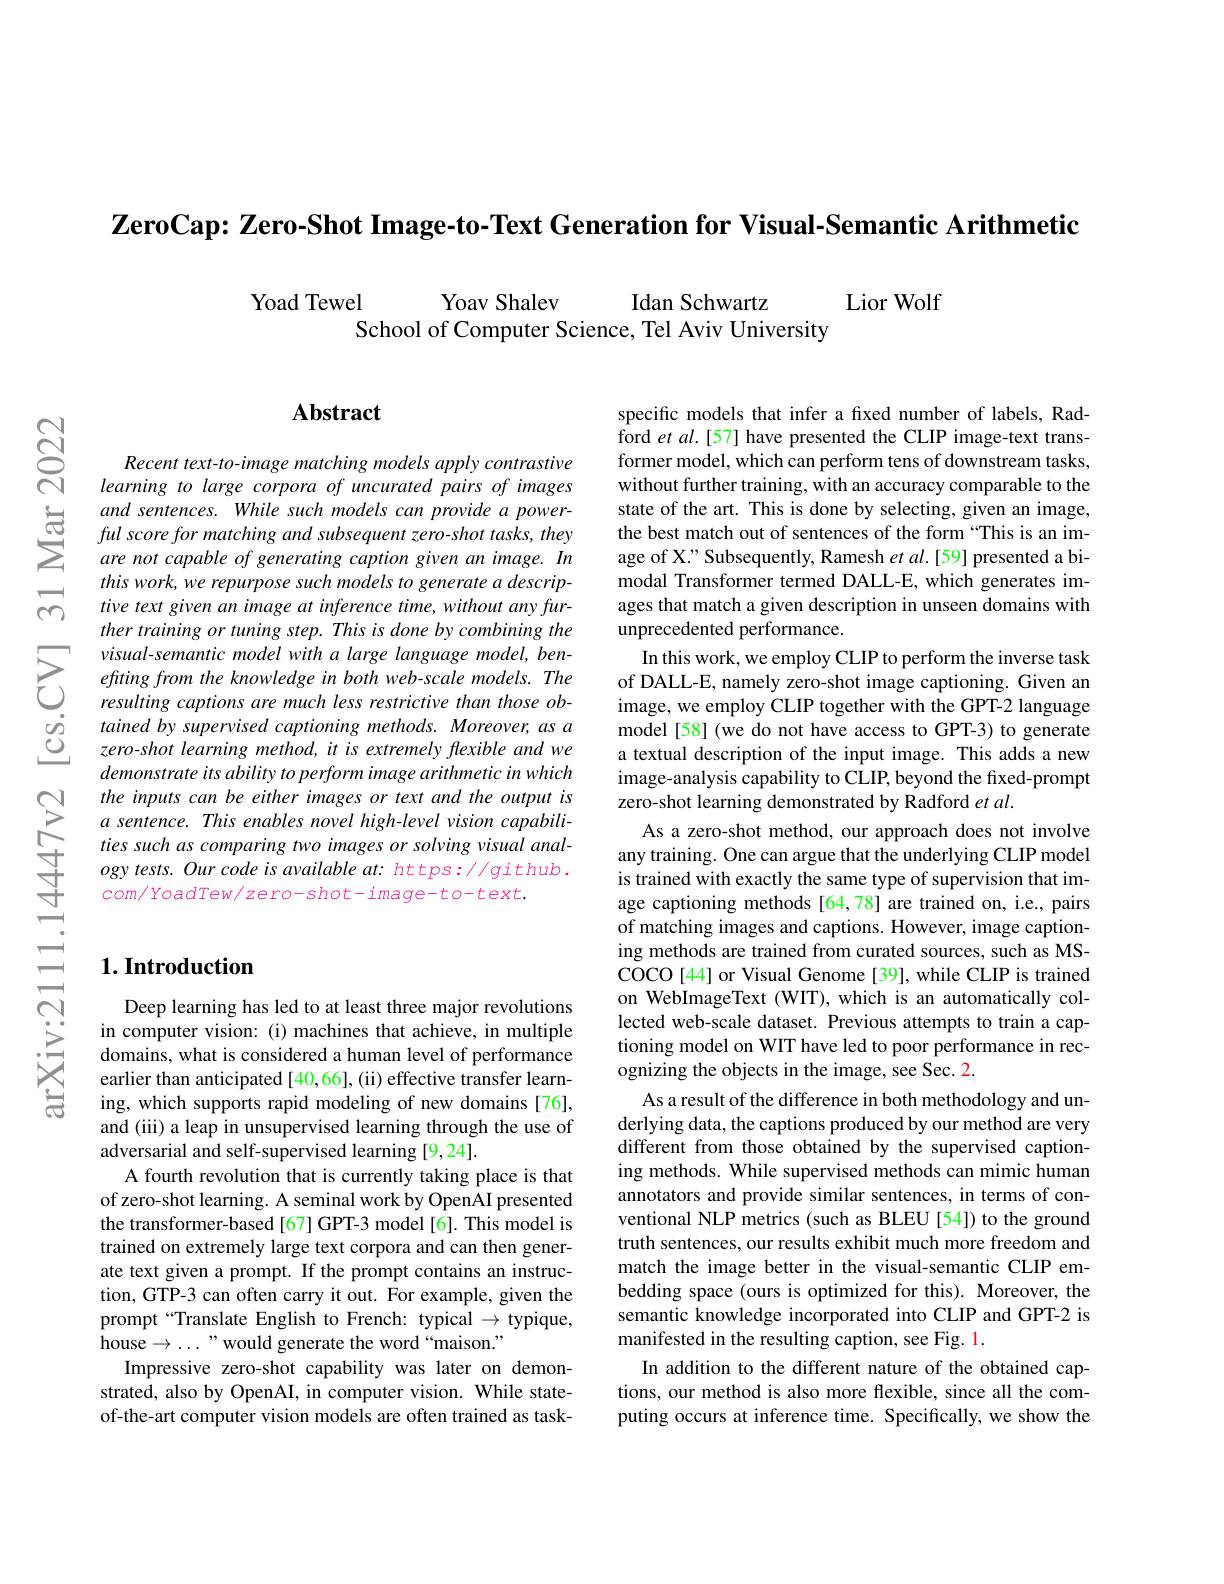
$\textbf{ZeroCap: Zero- Shot Image- to- Text Generation for Visual- Semantic Arithmetic}$

Yoad Tewel
Yoav Shalev
Idan Schwartz
$\operatorname{Lior}$Wolf
School of Computer Science, Tel Aviv University

## Abstract

Recent text-to-image matching models apply contrastive learning to large corpora of uncurated pairs of images and sentences. While such models can provide a powerful score for matching and subsequent zero-shot tasks, they are not capable of generating caption given an image. In this work, we repurpose such models to generate a descriptive text given an image at inference time, without any further training or tuning step. This is done by combining the
$\sum_{\begin{array}{cc}&visual-semantic&modelwitha&large&language&model,&ben-\\&efiting&from&the&knowledge&in&both&web-scale&models.&The\\&resulting&captions&are&much&less&restrictive&than&those&ob-\end{array}}$ $\begin{array}{ccc}\dot{g}&tained\:by\:supervised\:captioning\:methods.\\\dot{C}&zero-shot\:learning\:method,\:it\:is\:extremely\:flexible\:and\:we\end{array}$
demonstrate its ability to perform image arithmetic in which the inputs can be either images or text and the output is a sentence. This enables novel high-level vision capabilities such as comparing two images or solving visual analogy tests. Our code is available at: https://github. $com/YoadTew/zero-shot-image-to-text.$

specific models that infer a fxed number of labels, Rad- $\hat{\text{ford }et}al.[57]$ have presented the CLIP image-text transformer model, which can perform tens of downstream tasks, without further training, with an accuracy comparable to the state of the art. This is done by selecting, given an image, the best match out of sentences of the form “This is an image of X." Subsequently, Ramesh et al.[59] presented a bimodal Transformer termed DALL-E, which generates images that match a given description in unseen domains with unprecedented performance.
In this work, we employ CLIP to perform the inverse task of DALL-E, namely zero-shot image captioning. Given an image, we employ CLIP together with the GPT-2 language model[58] (we do not have access to GPT-3) to generate a textual description of the input image. This adds a new image-analysis capability to CLIP, beyond the fixed-prompt zero-shot learning demonstrated by Radford $et\textit{al}.$
As a zero-shot method, our approach does not involve any training. One can argue that the underlying CLIP model is trained with exactly the same type of supervision that image captioning methods [64,78] are trained on, i.e., pairs of matching images and captions. However, image captioning methods are trained from curated sources, such as MSCOCO[44] or Visual Genome[39], while CLIP is trained on WebImageText (WIT),which is an automatically collected web-scale dataset. Previous attempts to train a captioning model on WIT have led to poor performance in recognizing the objects in the image, see Sec. 2.
As a result of the difference in both methodology and underlying data, the captions produced by our method are very different from those obtained by the supervised captioning methods. While supervised methods can mimic human annotators and provide similar sentences, in terms of conventional NLP metrics (such as BLEU [54]) to the ground truth sentences, our results exhibit much more freedom and match the image better in the visual-semantic CLIP embedding space (ours is optimized for this). Moreover, the semantic knowledge incorporated into CLIP and GPT-2 is manifested in the resulting caption, see Fig. 1.
In addition to the different nature of the obtained captions, our method is also more flexible, since all the computing occurs at inference time. Specifically, we show the

### $1. \textbf{Introduction}$

Deep learning has led to at least three major revolutions in computer vision: (i) machines that achieve, in multiple domains, what is considered a human level of performance earlier than anticipated [40,66],(ii) effective transfer learning, which supports rapid modeling of new domains [76], and (iii) a leap in unsupervised learning through the use of adversarial and self-supervised learning [9,24].
A fourth revolution that is currently taking place is that of zero-shot learning. A seminal work by OpenAI presented the transformer-based[67] GPT-3 model[6]. This model is trained on extremely large text corpora and can then generate text given a prompt. If the prompt contains an instruction, GTP-3 can often carry it out. For example, given the prompt“Translate English to French: typical $\to$typique, house$\to\ldots$" would generate the word “maison.”
Impressive zero-shot capability was later on demonstrated, also by OpenAI, in computer vision. While stateof-the-art computer vision models are often trained as task-